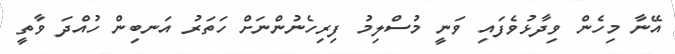
އޭނާ މިހެން ވިދާޅުވެފައި ވަނީ މުސްލިމު ފިރިހެނުންނަށް ހަތަރު އަނބިން ހުއްދަ ވާތީ